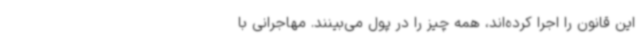
این قانون را اجرا کرده‌اند، همه چیز را در پول می‌بینند. مهاجرانی با